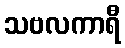
သဗလကာရီ